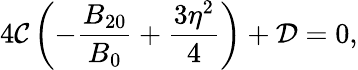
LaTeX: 4\mathcal{C}\left(-\frac{B_{20}}{B_{0}}+\frac{3\eta^{2}}{4}\right)+\mathcal{D}=0,